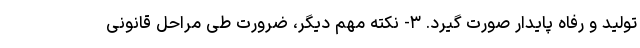
تولید و رفاه پایدار صورت گیرد. ۳- نکته مهم دیگر، ضرورت طی مراحل قانونی